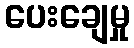
ပေးချေမှု